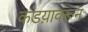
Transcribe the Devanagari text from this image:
कडय़ावरून